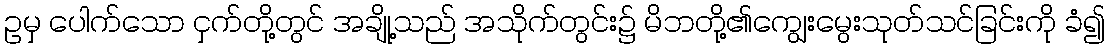
ဥမှ ပေါက်သော ငှက်တို့တွင် အချို့သည် အသိုက်တွင်း၌ မိဘတို့၏ကျွေးမွေးသုတ်သင်ခြင်းကို ခံ၍